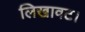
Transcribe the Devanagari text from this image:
लिखावट।